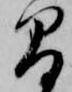
間